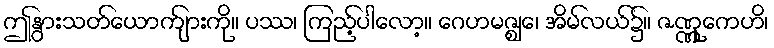
ဤနွားသတ်ယောကျာ်းကို။ ပဿ၊ ကြည့်ပါလော့။ ဂေဟမဇ္ဈေ၊ အိမ်လယ်၌။ ဇဏ္ဏုကေဟိ၊